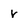
Character: r